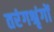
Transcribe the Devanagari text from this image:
तरंगश्रृंगों